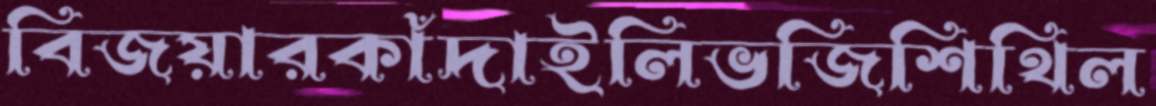
বিজয়ারকাঁদাইলিভজিশিথিল